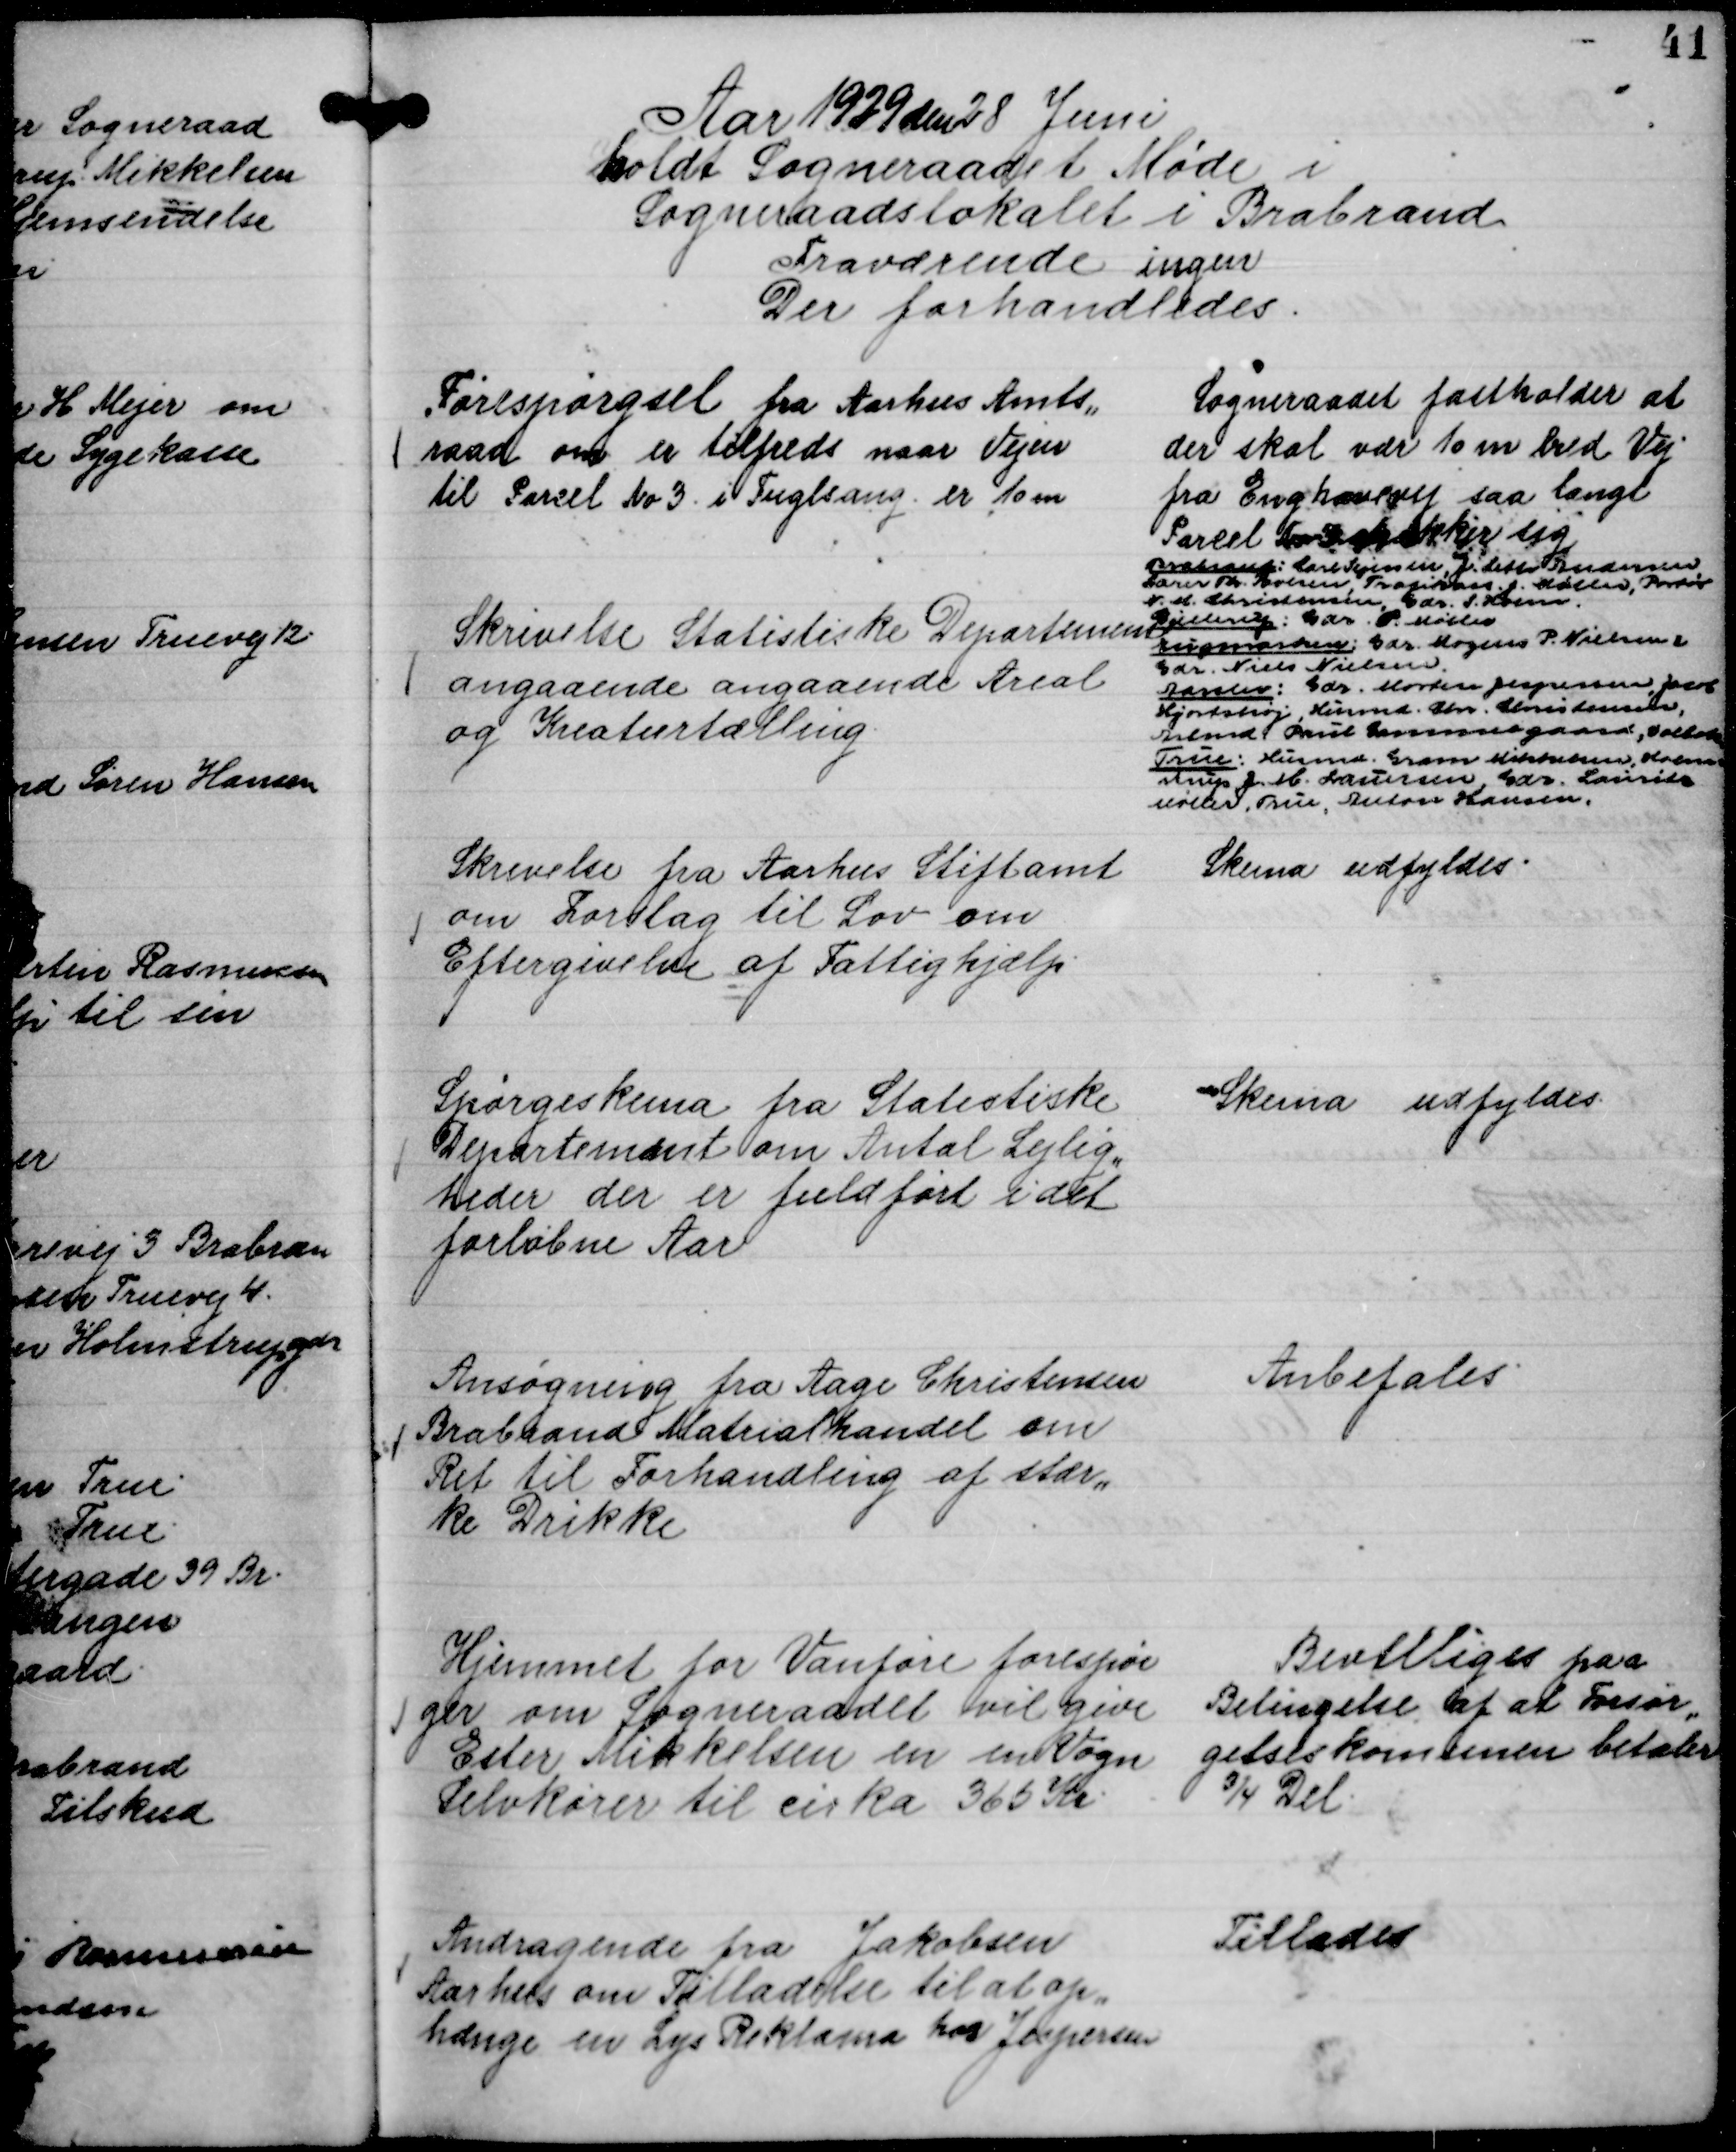
Transskription:
Aar 1929 den 28 Juni
holdt Sogneraadet Møde i
Sogneraadslokalet i Brabrand
Fraværende ingen
Der forhandledes.

Forespørgsel fra Aarhus Amts,,
raad om er tilfreds naar Vejen
til Parcel No 3. i Fuglsang er 10 m

Sogneraadet fastholder at
der skal vær 10 m bred Vej
fra Enghavevej saa langt
Parcel No 3 strækker sig

Skrivelse Statistiske Departement
angaaende angaaende Areal
og Kreaturtælling.

Brabrand: Carl Sejersen, J. Leth Andersen
Lærer Th. Poulsen, Trafikass. J. Møller, Portør
N. M. Christensen Gdr. S. Holm
Gjellerup: Gdr. P. Møller
Engmarken: Gdr. Mogens P. Nielsen,
Gdr. Niels Nielsen
Aarslev: Gdr. Morten Jespersen, Jacob
Hjortshøj, Husmd. Chr. Christensen,
Arbmd. Paul Gammelgaard, Volbæk
True: Husmd. Gram Mikkelsen, Holm
strup J. M. Lauersen Gdr. Laurits
Møller, True, Anton Hansen.

Skrivelse fra Aarhus Stiftamt
om Forslag til Lov om
Eftergivelse af Fattighjælp.

Skema udfyldes.

Spørgeskema fra Statistiske
Departement om Antal Lejlig,,
heder der er fuldført i det
forløbne Aar

Skema udfyldes.

Ansøgning fra Aage Christensen
Brabrand Matrialhandel om
Ret til Forhandling af stær,,
ke Drikke

Anbefales.

Hjemmet for Vanføre forespør
ger om Sogneraadet vil give
Ester Mikkelsen en en Vogn
Selvkører til cirka 365 Kr.

Bevilliges paa
Betingelse af at Forsør,,
gelseskomunen betaler
¾ Del.

Andragende fra Jakobsen
Aarhus om Tilladelse til at op,,
hænge en Lys Reklame hos Jespersen

Tillades